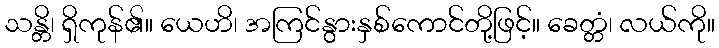
သန္တိ၊ ရှိကုန်၏။ ယေဟိ၊ အကြင်နွားနှစ်ကောင်တို့ဖြင့်။ ခေတ္တံ၊ လယ်ကို။